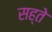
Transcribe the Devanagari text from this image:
सह्ते